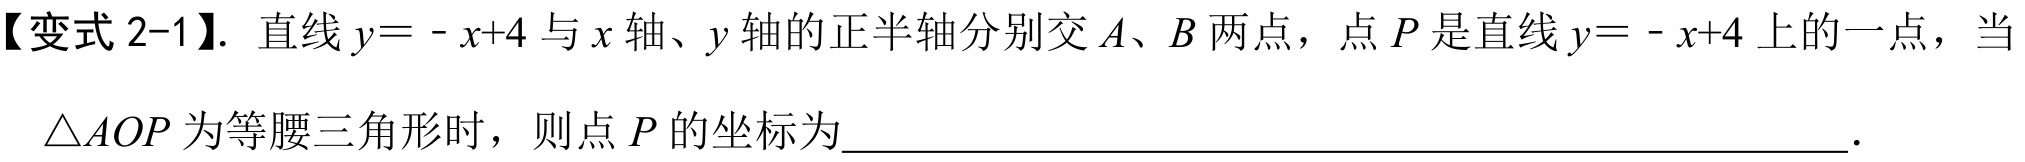
【变式 2-1】. 直线 \(y = - x + 4\) 与 \(x\) 轴、\(y\) 轴的正半轴分别交 \(A\)、\(B\) 两点，点 \(P\) 是直线 \(y = - x + 4\) 上的一点，当\(\triangle AOP\) 为等腰三角形时，则点 \(P\) 的坐标为\(\underline{\quad\quad}\).